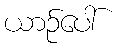
ယာဉ်ပေါ်